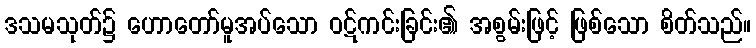
ဒသမသုတ်၌ ဟောတော်မူအပ်သော ဝဋ်ကင်းခြင်း၏ အစွမ်းဖြင့် ဖြစ်သော စိတ်သည်။